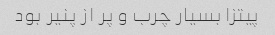
پیتزا بسیار چرب و پر از پنیر بود